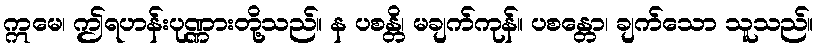
ဣမေ၊ ဤရဟန်းပုဏ္ဏားတို့သည်။ န ပစန္တိ၊ မချက်ကုန်။ ပစန္တော၊ ချက်သော သူသည်။